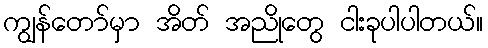
ကျွန်တော်မှာ အိတ် အညိုတွေ ငါးခုပါပါတယ်။